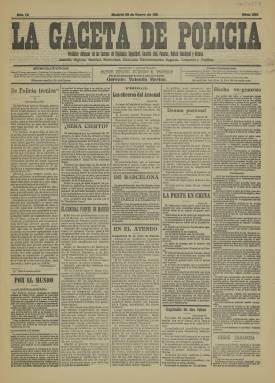
Título: La Gaceta de policía
Colección: Periódicos
Ámbito geográfico: Madrid
Lugar de publicación: Madrid
Fechas: 28/01/1911-28/01/1911